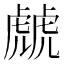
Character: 虤